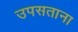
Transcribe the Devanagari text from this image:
उपसताना